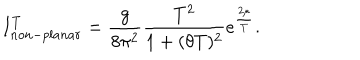
LaTeX: I _ { n o n - p l a n a r } ^ { T } = \frac { g } { 8 \pi ^ { 2 } } \frac { T ^ { 2 } } { 1 + ( \theta T ) ^ { 2 } } e ^ { \frac { 2 \mu } { T } } .